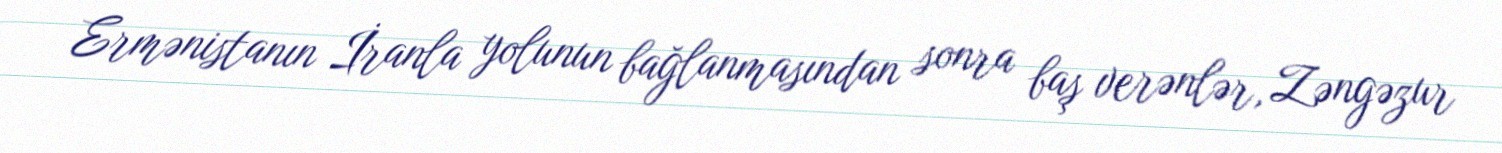
Ermənistanın İranla yolunun bağlanmasından sonra baş verənlər, Zəngəzur